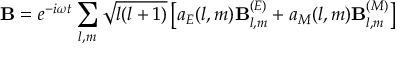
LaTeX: \mathbf { B } = e ^ { - i \omega t } \sum _ { l , m } { \sqrt { l ( l + 1 ) } } \left[ a _ { E } ( l , m ) \mathbf { B } _ { l , m } ^ { ( E ) } + a _ { M } ( l , m ) \mathbf { B } _ { l , m } ^ { ( M ) } \right]